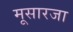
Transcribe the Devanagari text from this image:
मूसारजा